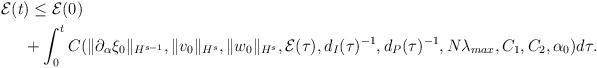
LaTeX: \begin{align*}\mathcal{E}(t &)\leq \mathcal{E}(0)\\&+\int_0^t C(\|\partial_{\alpha}\xi_0\|_{H^{s-1}},\|v_0\|_{H^s}, \|w_0\|_{H^s}, \mathcal{E}(\tau), d_I(\tau)^{-1}, d_P(\tau)^{-1}, N\lambda_{max}, C_1, C_2, \alpha_0) d\tau.\end{align*}